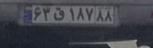
۶۳ق۱۸۷۸۸